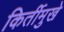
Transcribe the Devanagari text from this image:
किर्तीमुखे